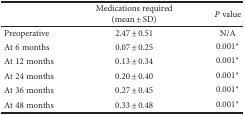
|  | Medications required (mean ± SD) | P value |
 | --- | --- | --- |
 | Preoperative | 2.47 ± 0.51 | N/A |
 | At 6 months | 0.07 ± 0.25 | 0.001∗ |
 | At 12 months | 0.13 ± 0.34 | 0.001∗ |
 | At 24 months | 0.20 ± 0.40 | 0.001∗ |
 | At 36 months | 0.27 ± 0.45 | 0.001∗ |
 | At 48 months | 0.33 ± 0.48 | 0.001∗ |